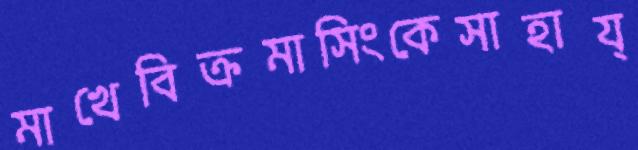
মাখেবিক্রমাসিংকেসাহায্